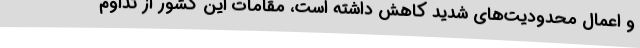
و اعمال محدودیت‌های شدید کاهش داشته است، مقامات این کشور از تداوم